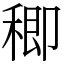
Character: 𥠈